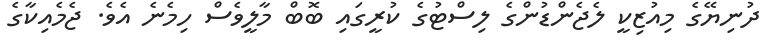
ދުނިޔޭގެ މިއުޒިކީ ލެޖެންޑުންގެ ލިސްޓުގެ ކުރީގައި ބޮބް މާލީވެސް ހިމެނެ އެވެ. ޖެމެއިކާގެ